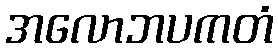
အလောဘပကတံ